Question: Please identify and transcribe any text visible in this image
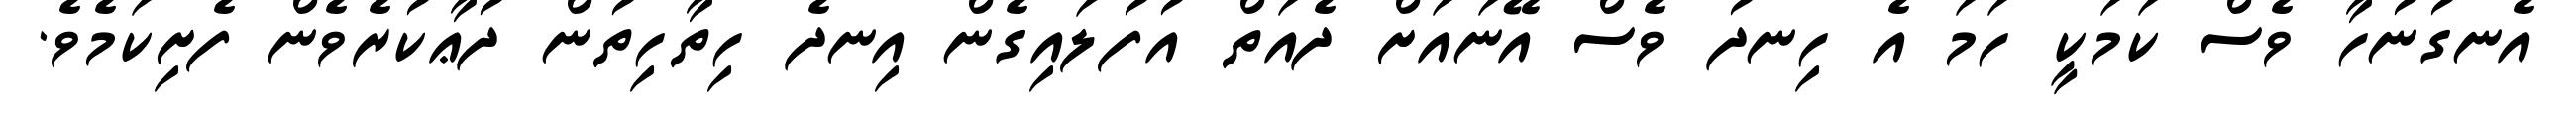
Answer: އެނގުނުހާ ވެސް ކަމަކީ ހަމަ އެ ހިނދު ވެސް އޭނައަށް ދެއަތް އުފުލައިގެން އިނދެ ހިތާހިތުން ދުޢާކުރެވެން ފެށިކަމެވެ.